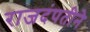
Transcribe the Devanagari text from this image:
राजदंपतीने